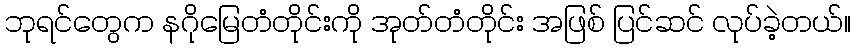
ဘုရင်တွေက နဂိုမြေတံတိုင်းကို အုတ်တံတိုင်း အဖြစ် ပြင်ဆင် လုပ်ခဲ့တယ်။